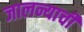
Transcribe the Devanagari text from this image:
जालन्याची